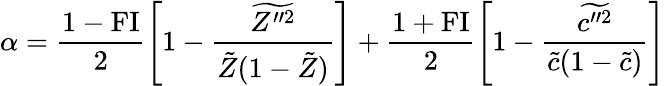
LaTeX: \alpha=\frac{1-\mathrm{FI}}{2}\left[1-\frac{\widetilde{Z^{\prime\prime 2}}}{\tilde{Z}(1-\tilde{Z})}\right]+\frac{1+\mathrm{FI}}{2}\left[1-\frac{\widetilde{c^{\prime\prime 2}}}{\tilde{c}(1-\tilde{c})}\right]